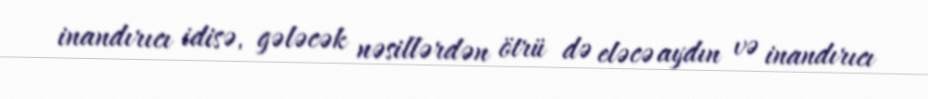
inandırıcı idisə, gələcək nəsillərdən ötrü də eləcə aydın və inandırıcı